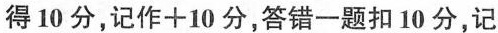
得10分，记作+10分，答错一题扣10分，记